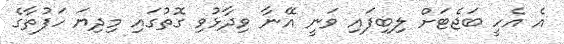
އެ އެހީ ބަޖެޓަށް ލިބިފައި ވަނީ އޭނާ ވިދާޅުވި ގޮތުގައި މިދިޔަ ހަފުތާގެ